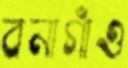
বনাগাঁও